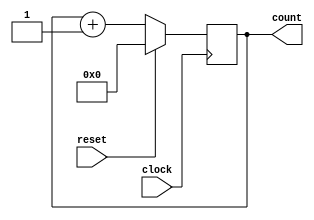
`timescale 1ns / 100ps

module counter_8_new(
	clock,
	reset,
	count);
	
	parameter BIT_SZ = 8;
	input clock;
	input reset;
	output [BIT_SZ-1:0] count;
	
	reg [BIT_SZ-1:0] count;
	
	initial count = 0;
	
	always @ (posedge clock)begin
		if (reset == 1'b1)
			count <= 0;
		else
			count <= count + 1'b1;
	end		
endmodule